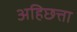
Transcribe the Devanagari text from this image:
अहिछत्ता